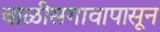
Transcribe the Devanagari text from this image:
चाळीसगावापासून